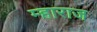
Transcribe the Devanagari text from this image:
म्हाराज